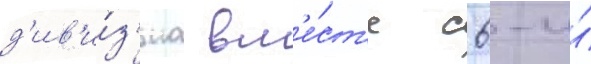
д'ив'и́з'иа вм'е́ст'е с 6-и́